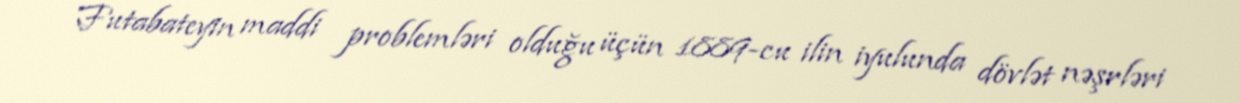
Futabateyin maddi problemləri olduğu üçün 1889-cu ilin iyulunda dövlət nəşrləri